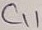
Text: C11